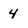
Character: 4